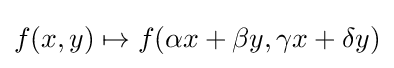
f(x,y)\mapsto f(\alpha x+\beta y,\gamma x+\delta y)